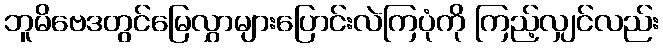
ဘူမိဗေဒတွင်မြေလွှာများပြောင်းလဲကြပုံကို ကြည့်လျှင်လည်း